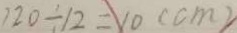
1 2 0 \div 1 2 = 1 0 ( c m )